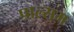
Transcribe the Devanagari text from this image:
पाल्सम